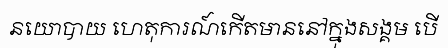
នយោបាយ ហេតុការណ៍កើតមាននៅក្នុងសង្គម បើ